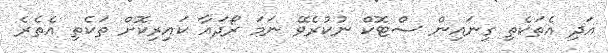
އަދި އެތަކެތި ގިނައިން ސްޓޮކް ނުކުރެވޭ ނަމަ ރޯދައާ ކައިރިކޮށް ތަކެތި އެތެރެ